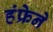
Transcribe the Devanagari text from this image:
हंफ्रेने